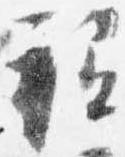
祗